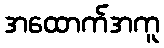
အထောက်အကူ